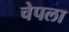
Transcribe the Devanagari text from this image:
चेपला